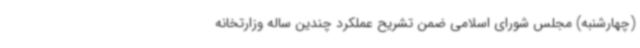
(چهارشنبه) مجلس شورای اسلامی ضمن تشریح عملکرد چندین ساله وزارتخانه